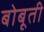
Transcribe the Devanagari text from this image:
बोबूती